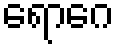
ရောဂေ